Burma Government Medical School reports 1923-41
Year: 1923
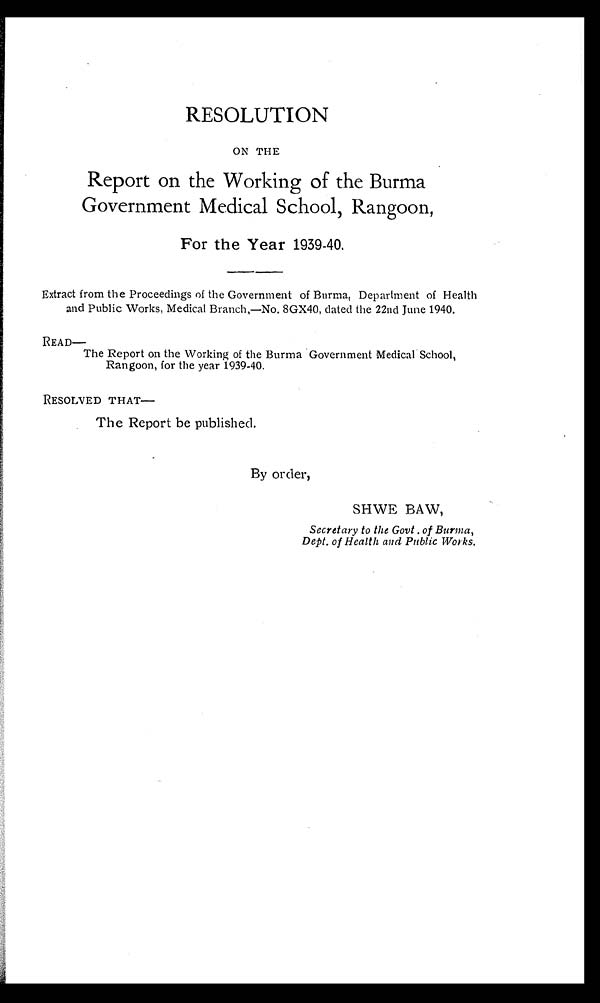
RESOLUTION
ON THE
Report on the Working of the Burma
Government Medical School , Rangoon ,
For the Year 1939-40.
Extract from the Proceedings of the Government of Burma, Department of Health
and Public Works, Medical Branch,—No. 8GX40, dated the 22nd June 1940.
READ—
The Report on the Working of the Burma Government Medical School,
Rangoon, for the year 1939-40.
RESOLVED THAT—
The Report be published.
By order,
SHWE BAW,
Secretary to the Govt . of Burma,
Dept. of Health and Public Works.